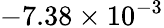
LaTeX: -7.38\times 10^{-3}